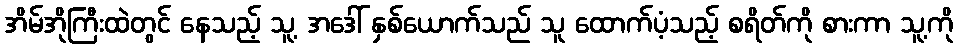
အိမ်အိုကြီးထဲတွင် နေသည့် သူ့ အဒေါ် နှစ်ယောက်သည် သူ ထောက်ပံ့သည့် စရိတ်ကို စားကာ သူ့ကို